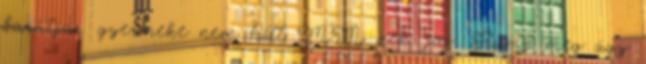
barátja gyermeke nem hitt MM-nek. jaj: Rump meg úgy